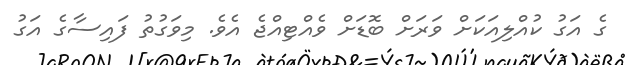
ގެ އަގު ކުއްލިއަކަށް ވަރަށް ބޮޑަށް ވެއްޓިއްޖެ އެވެ. މިވަގުތު ފައިސާގެ އަގު